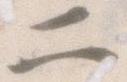
二